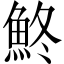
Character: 鮗